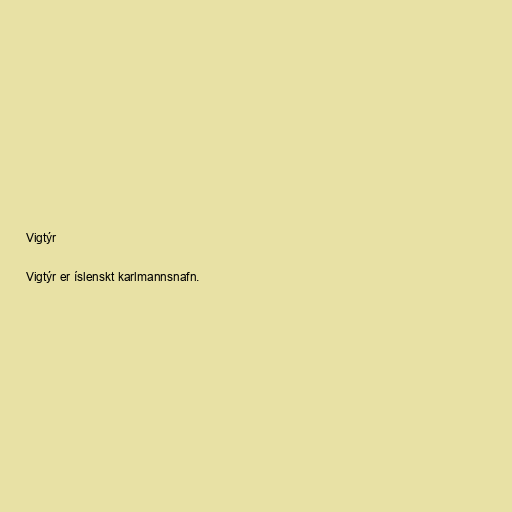
Vigtýr

Vigtýr er íslenskt karlmannsnafn.